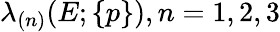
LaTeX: \lambda_{(n)}(E;\{ p\} ),n=1,2,3